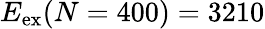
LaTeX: {E_{\mathrm{ex}}(N=400)=3210}